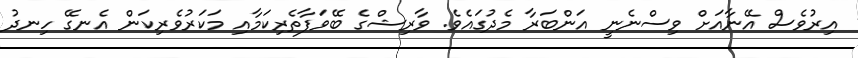
އިރުވެސް އޭނާއަށް ވިސްނެނީ އަންބަރާ މެދުގައެވެ. ވާރިޝްގެ ބޭވަފާތެރިކަމާއި މަކަރުވެރިކަން އެނގޭ ހިނދު